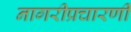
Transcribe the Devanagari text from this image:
नागरीप्रचारणी